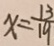
x = \frac { 1 3 } { 1 9 }